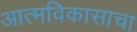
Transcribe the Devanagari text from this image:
आत्मविकासाचा